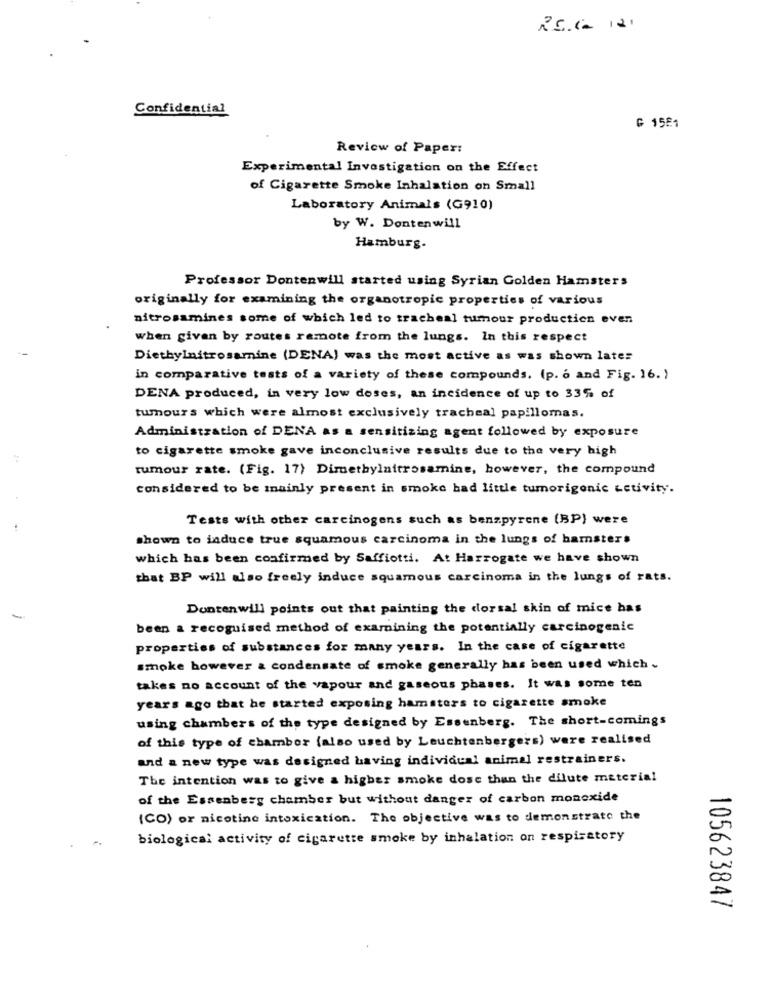
RE.Ca 121
Confidential
C 1581
Review of Paper:
Experimental Investigation on the Effect
of Cigarette Smoke Inhalation on Small
Laboratory Animals (G910)
by W. Dontenwill
Hamburg.
Professor Dontenwill started using Syrian Golden Hamsters
originally for examining the organotropic properties of various
nitrosamines some of which led to tracheal tumour productien even
when given by routes remote from the lungs. In this respect
Diethylnitrosamine (DENA) was the most active as was shown lates
in comparative tests of a variety of these compounds. (p. o and Fig. 16. )
DENA produced, in very low doses, an incidence of up to 33% of
tumours which were almost exclusively tracheal papillomas.
Administration of DENA as a sensitizing agent followed by exposure
to cigarette smoke gave inconclusive results due to the very high
tumour rate. (Fig. 17) Dimethylnitrosamine, however, the compound
considered to be mainly present in smoke had little tumorigonic activity.
Tests with other carcinogens such as benzpyrene (BP) were
shown to induce true squamous carcinoma in the lungs of hamsters
which has been confirmed by Saffiotti. At Harrogate we have shown
that BP will also freely induce squamous carcinoma in the lungs of rats.
Dontenwill points out that painting the dorsal skin of mice has
been a recognised method of examining the potentially carcinogenic
properties of substances for many years. In the case of cigarette
smoke however a condensate of smoke generally has been used which
takes no account of the vapour and gaseous phases. It was some ten
years ago that he started exposing hamsters to cigarette smoke
using chambers of the type designed by Essenberg. The short-comings
of this type of chamber (also used by Leuchtenbergers) were realised
and a new type was designed having individual animal restrainers.
The intention was to give a higher smoke dose than the dilute material
of the Essenberg chamber but without danger of carbon monoxide
(CO) or nicotine intoxication. The objective was to demonstrate the
biological activity of cigarette smoke by inhalation on respiratory
105623847